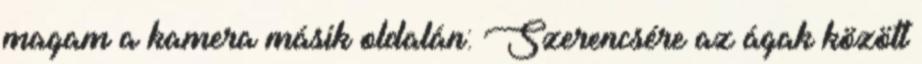
magam a kamera másik oldalán: Szerencsére az ágak között